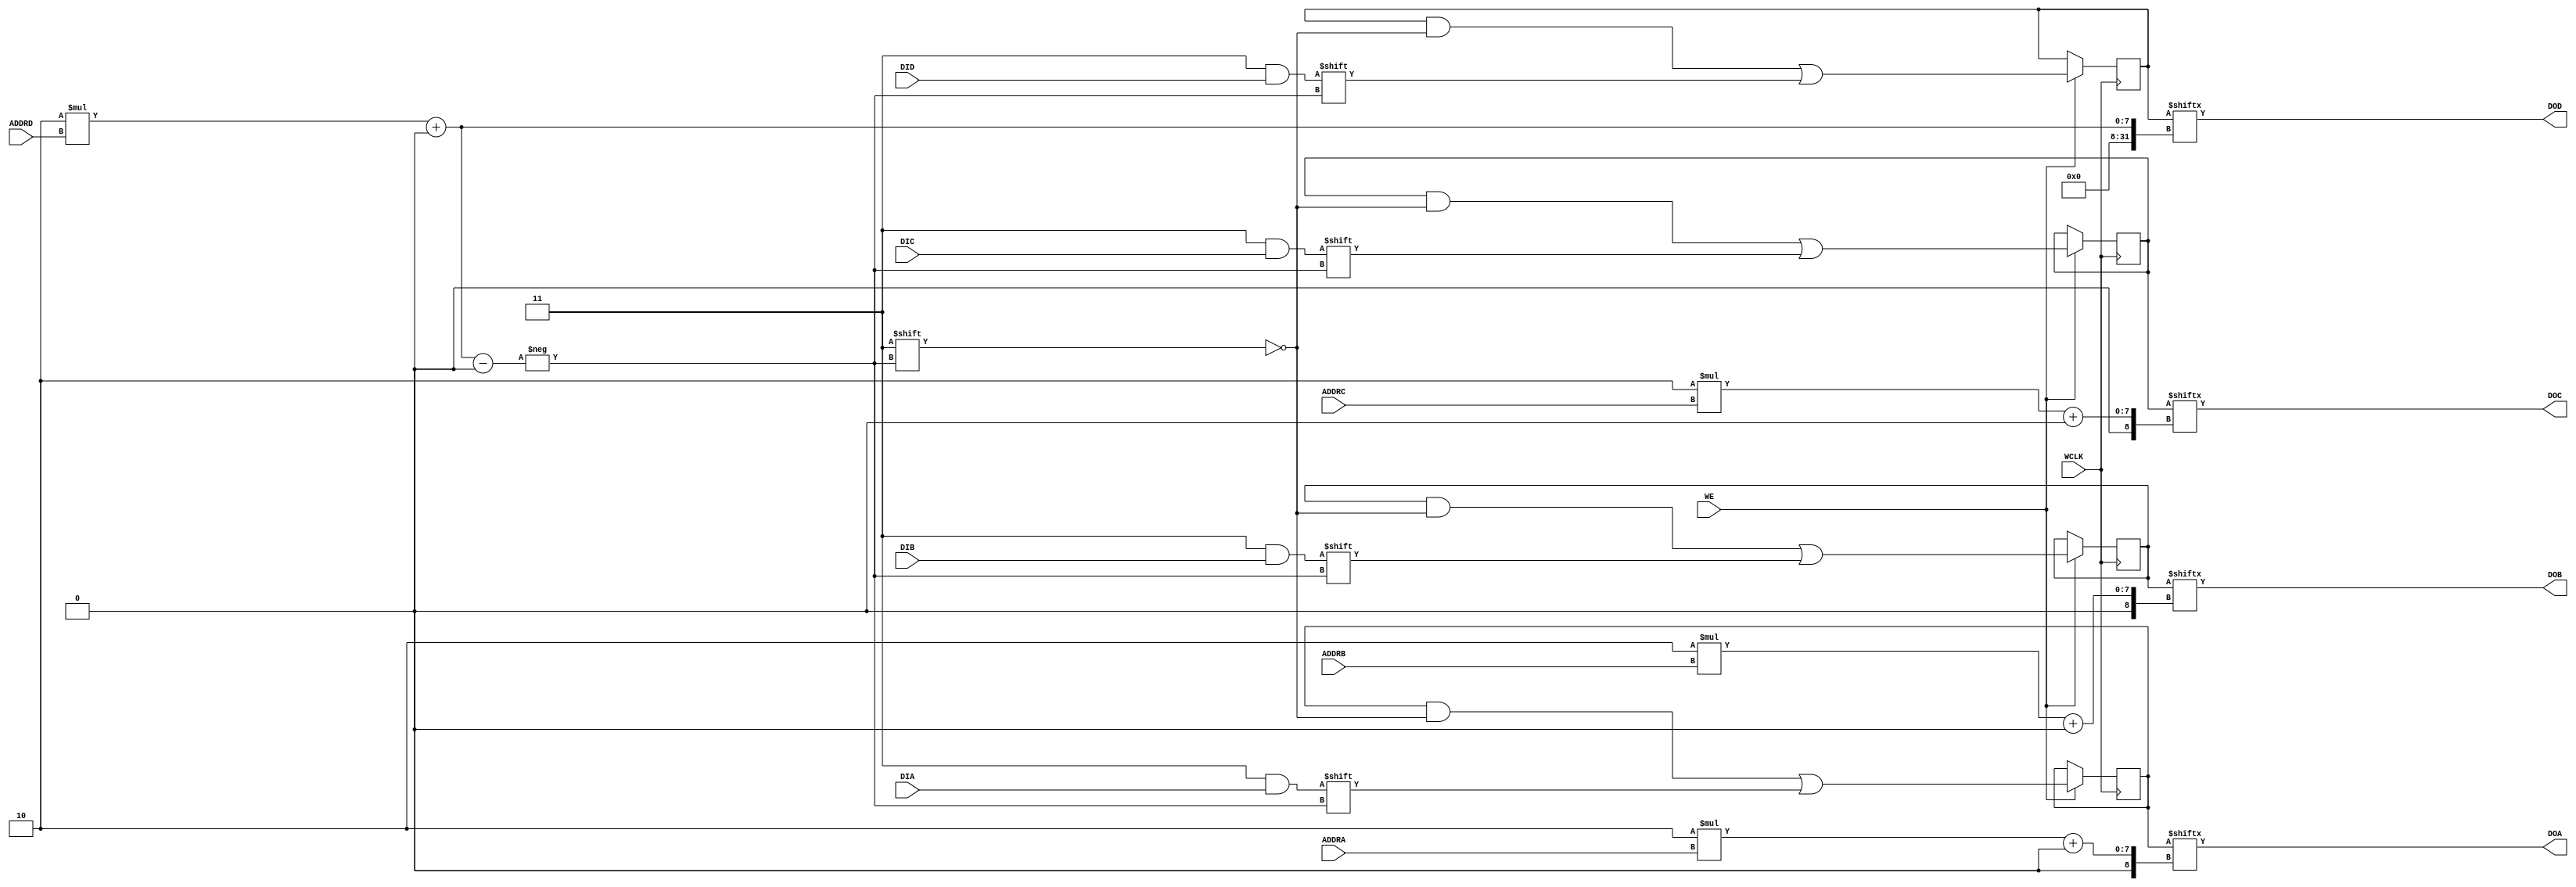
module RAM32M (
  output [1:0] DOA,
  output [1:0] DOB,
  output [1:0] DOC,
  output [1:0] DOD,
  input  [4:0] ADDRA, ADDRB, ADDRC,
  input  [4:0] ADDRD,
  input  [1:0] DIA,
  input  [1:0] DIB,
  input  [1:0] DIC,
  input  [1:0] DID,
  (* clkbuf_sink *)
  (* invertible_pin = "IS_WCLK_INVERTED" *)
  input        WCLK,
  input        WE
);
  parameter [63:0] INIT_A = 64'h0000000000000000;
  parameter [63:0] INIT_B = 64'h0000000000000000;
  parameter [63:0] INIT_C = 64'h0000000000000000;
  parameter [63:0] INIT_D = 64'h0000000000000000;
  parameter [0:0] IS_WCLK_INVERTED = 1'b0;
  reg [63:0] mem_a = INIT_A;
  reg [63:0] mem_b = INIT_B;
  reg [63:0] mem_c = INIT_C;
  reg [63:0] mem_d = INIT_D;
  assign DOA = mem_a[2*ADDRA+:2];
  assign DOB = mem_b[2*ADDRB+:2];
  assign DOC = mem_c[2*ADDRC+:2];
  assign DOD = mem_d[2*ADDRD+:2];
  wire clk = WCLK ^ IS_WCLK_INVERTED;
  always @(posedge clk)
    if (WE) begin
      mem_a[2*ADDRD+:2] <= DIA;
      mem_b[2*ADDRD+:2] <= DIB;
      mem_c[2*ADDRD+:2] <= DIC;
      mem_d[2*ADDRD+:2] <= DID;
    end
  specify
    // Max delay from: https://github.com/SymbiFlow/prjxray-db/blob/31f51ac5ec7448dd6f79a8267f147123e4413c21/artix7/timings/CLBLM_R.sdf#L986
    $setup(ADDRD[0], posedge WCLK &&& !IS_WCLK_INVERTED && WE, 245);
    $setup(ADDRD[0], negedge WCLK &&&  IS_WCLK_INVERTED && WE, 245);
    $setup(ADDRD[1], posedge WCLK &&& !IS_WCLK_INVERTED && WE, 208);
    $setup(ADDRD[1], negedge WCLK &&&  IS_WCLK_INVERTED && WE, 208);
    $setup(ADDRD[2], posedge WCLK &&& !IS_WCLK_INVERTED && WE, 147);
    $setup(ADDRD[2], negedge WCLK &&&  IS_WCLK_INVERTED && WE, 147);
    $setup(ADDRD[3], posedge WCLK &&& !IS_WCLK_INVERTED && WE, 68);
    $setup(ADDRD[3], negedge WCLK &&&  IS_WCLK_INVERTED && WE, 68);
    $setup(ADDRD[4], posedge WCLK &&& !IS_WCLK_INVERTED && WE, 66);
    $setup(ADDRD[4], negedge WCLK &&&  IS_WCLK_INVERTED && WE, 66);
    // Max delay from: https://github.com/SymbiFlow/prjxray-db/blob/31f51ac5ec7448dd6f79a8267f147123e4413c21/artix7/timings/CLBLM_R.sdf#L986-L988
    $setup(DIA[0], posedge WCLK &&& !IS_WCLK_INVERTED && WE, 453);
    $setup(DIA[0], negedge WCLK &&&  IS_WCLK_INVERTED && WE, 453);
    $setup(DIA[1], posedge WCLK &&& !IS_WCLK_INVERTED && WE, 384);
    $setup(DIA[1], negedge WCLK &&&  IS_WCLK_INVERTED && WE, 384);
    // Max delay from: https://github.com/SymbiFlow/prjxray-db/blob/31f51ac5ec7448dd6f79a8267f147123e4413c21/artix7/timings/CLBLM_R.sdf#L1054-L1056
    $setup(DIB[0], posedge WCLK &&& !IS_WCLK_INVERTED && WE, 461);
    $setup(DIB[0], negedge WCLK &&&  IS_WCLK_INVERTED && WE, 461);
    $setup(DIB[1], posedge WCLK &&& !IS_WCLK_INVERTED && WE, 354);
    $setup(DIB[1], negedge WCLK &&&  IS_WCLK_INVERTED && WE, 354);
    // Max delay from: https://github.com/SymbiFlow/prjxray-db/blob/31f51ac5ec7448dd6f79a8267f147123e4413c21/artix7/timings/CLBLM_R.sdf#L1122-L1124
    $setup(DIC[0], posedge WCLK &&& !IS_WCLK_INVERTED && WE, 457);
    $setup(DIC[0], negedge WCLK &&&  IS_WCLK_INVERTED && WE, 457);
    $setup(DIC[1], posedge WCLK &&& !IS_WCLK_INVERTED && WE, 375);
    $setup(DIC[1], negedge WCLK &&&  IS_WCLK_INVERTED && WE, 375);
    // Max delay from: https://github.com/SymbiFlow/prjxray-db/blob/31f51ac5ec7448dd6f79a8267f147123e4413c21/artix7/timings/CLBLM_R.sdf#L1190-L1192
    $setup(DID[0], posedge WCLK &&& !IS_WCLK_INVERTED && WE, 310);
    $setup(DID[0], negedge WCLK &&&  IS_WCLK_INVERTED && WE, 310);
    $setup(DID[1], posedge WCLK &&& !IS_WCLK_INVERTED && WE, 334);
    $setup(DID[1], negedge WCLK &&&  IS_WCLK_INVERTED && WE, 334);
    // Max delay from: https://github.com/SymbiFlow/prjxray-db/blob/31f51ac5ec7448dd6f79a8267f147123e4413c21/artix7/timings/CLBLM_R.sdf#L834
    $setup(WE, posedge WCLK &&& !IS_WCLK_INVERTED, 654);
    $setup(WE, negedge WCLK &&&  IS_WCLK_INVERTED, 654);
    // Max delay from: https://github.com/SymbiFlow/prjxray-db/blob/34ea6eb08a63d21ec16264ad37a0a7b142ff6031/artix7/timings/CLBLM_R.sdf#L889
    if (!IS_WCLK_INVERTED && WE) (posedge WCLK => (DOA[0] : DIA[0])) = 1153;
    if ( IS_WCLK_INVERTED && WE) (negedge WCLK => (DOA[0] : DIA[0])) = 1153;
    // Max delay from: https://github.com/SymbiFlow/prjxray-db/blob/34ea6eb08a63d21ec16264ad37a0a7b142ff6031/artix7/timings/CLBLM_R.sdf#L857
    if (!IS_WCLK_INVERTED && WE) (posedge WCLK => (DOA[1] : DIA[1])) = 1188;
    if ( IS_WCLK_INVERTED && WE) (negedge WCLK => (DOA[1] : DIA[1])) = 1188;
    // Max delay from: https://github.com/SymbiFlow/prjxray-db/blob/34ea6eb08a63d21ec16264ad37a0a7b142ff6031/artix7/timings/CLBLM_R.sdf#L957
    if (!IS_WCLK_INVERTED && WE) (posedge WCLK => (DOB[0] : DIB[0])) = 1161;
    if ( IS_WCLK_INVERTED && WE) (negedge WCLK => (DOB[0] : DIB[0])) = 1161;
    // Max delay from: https://github.com/SymbiFlow/prjxray-db/blob/34ea6eb08a63d21ec16264ad37a0a7b142ff6031/artix7/timings/CLBLM_R.sdf#L925
    if (!IS_WCLK_INVERTED && WE) (posedge WCLK => (DOB[1] : DIB[1])) = 1187;
    if ( IS_WCLK_INVERTED && WE) (negedge WCLK => (DOB[1] : DIB[1])) = 1187;
    // Max delay from: https://github.com/SymbiFlow/prjxray-db/blob/34ea6eb08a63d21ec16264ad37a0a7b142ff6031/artix7/timings/CLBLM_R.sdf#L993
    if (!IS_WCLK_INVERTED && WE) (posedge WCLK => (DOC[0] : DIC[0])) = 1158;
    if ( IS_WCLK_INVERTED && WE) (negedge WCLK => (DOC[0] : DIC[0])) = 1158;
    // Max delay from: https://github.com/SymbiFlow/prjxray-db/blob/34ea6eb08a63d21ec16264ad37a0a7b142ff6031/artix7/timings/CLBLM_R.sdf#L1025
    if (!IS_WCLK_INVERTED && WE) (posedge WCLK => (DOC[1] : DIC[1])) = 1180;
    if ( IS_WCLK_INVERTED && WE) (negedge WCLK => (DOC[1] : DIC[1])) = 1180;
    // Max delay from: https://github.com/SymbiFlow/prjxray-db/blob/34ea6eb08a63d21ec16264ad37a0a7b142ff6031/artix7/timings/CLBLM_R.sdf#L1093
    if (!IS_WCLK_INVERTED && WE) (posedge WCLK => (DOD[0] : DID[0])) = 1163;
    if ( IS_WCLK_INVERTED && WE) (negedge WCLK => (DOD[0] : DID[0])) = 1163;
    // Max delay from: https://github.com/SymbiFlow/prjxray-db/blob/34ea6eb08a63d21ec16264ad37a0a7b142ff6031/artix7/timings/CLBLM_R.sdf#L1061
    if (!IS_WCLK_INVERTED && WE) (posedge WCLK => (DOD[1] : DID[1])) = 1190;
    if ( IS_WCLK_INVERTED && WE) (negedge WCLK => (DOD[1] : DID[1])) = 1190;
    (ADDRA[0] *> DOA) = 642; (ADDRB[0] *> DOB) = 642; (ADDRC[0] *> DOC) = 642; (ADDRD[0] *> DOD) = 642;
    (ADDRA[1] *> DOA) = 631; (ADDRB[1] *> DOB) = 631; (ADDRC[1] *> DOC) = 631; (ADDRD[1] *> DOD) = 631;
    (ADDRA[2] *> DOA) = 472; (ADDRB[2] *> DOB) = 472; (ADDRC[2] *> DOC) = 472; (ADDRD[2] *> DOD) = 472;
    (ADDRA[3] *> DOA) = 407; (ADDRB[3] *> DOB) = 407; (ADDRC[3] *> DOC) = 407; (ADDRD[3] *> DOD) = 407;
    (ADDRA[4] *> DOA) = 238; (ADDRB[4] *> DOB) = 238; (ADDRC[4] *> DOC) = 238; (ADDRD[4] *> DOD) = 238;
  endspecify
endmodule